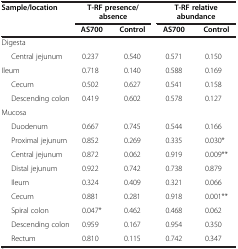
<table><thead><tr><td rowspan="2"><b>Sample/location</b></td><td colspan="2"><b>T-RF presence/absence</b></td><td colspan="2"><b>T-RF relative abundance</b></td></tr><tr><td><b>AS700</b></td><td><b>Control</b></td><td><b>AS700</b></td><td><b>Control</b></td></tr></thead><tbody><tr><td>Digesta</td><td> </td><td> </td><td> </td><td> </td></tr><tr><td>Central jejunum</td><td>0.237</td><td>0.540</td><td>0.571</td><td>0.150</td></tr><tr><td>Ileum</td><td>0.718</td><td>0.140</td><td>0.588</td><td>0.169</td></tr><tr><td>Cecum</td><td>0.502</td><td>0.627</td><td>0.541</td><td>0.158</td></tr><tr><td>Descending colon</td><td>0.419</td><td>0.602</td><td>0.578</td><td>0.127</td></tr><tr><td>Mucosa</td><td> </td><td> </td><td> </td><td> </td></tr><tr><td>Duodenum</td><td>0.667</td><td>0.745</td><td>0.544</td><td>0.166</td></tr><tr><td>Proximal jejunum</td><td>0.852</td><td>0.269</td><td>0.335</td><td>0.030*</td></tr><tr><td>Central jejunum</td><td>0.872</td><td>0.062</td><td>0.919</td><td>0.009**</td></tr><tr><td>Distal jejunum</td><td>0.922</td><td>0.742</td><td>0.738</td><td>0.879</td></tr><tr><td>Ileum</td><td>0.324</td><td>0.409</td><td>0.321</td><td>0.066</td></tr><tr><td>Cecum</td><td>0.881</td><td>0.281</td><td>0.918</td><td>0.001**</td></tr><tr><td>Spiral colon</td><td>0.047*</td><td>0.462</td><td>0.468</td><td>0.062</td></tr><tr><td>Descending colon</td><td>0.959</td><td>0.167</td><td>0.954</td><td>0.350</td></tr><tr><td>Rectum</td><td>0.810</td><td>0.115</td><td>0.742</td><td>0.347</td></tr></tbody></table>